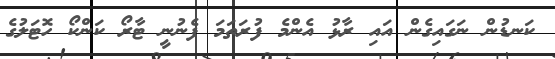
ކަނޑުން ނަގައިގެން އައި ރާޅު އެންމެ ފުރަތަމަ ފެނުނީ ޓާރޯ ކަންކޯ ހޮޓަލުގެ